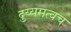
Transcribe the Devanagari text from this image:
दुय्यमत्वच